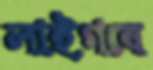
লাইগবে